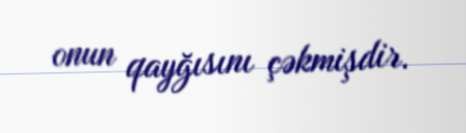
onun qayğısını çəkmişdir.